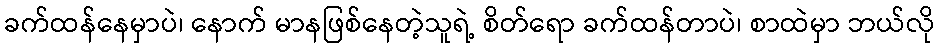
ခက်ထန်နေမှာပဲ၊ နောက် မာနဖြစ်နေတဲ့သူရဲ့ စိတ်ရော ခက်ထန်တာပဲ၊ စာထဲမှာ ဘယ်လို